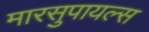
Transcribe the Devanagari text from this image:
मारसुपायल्स